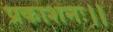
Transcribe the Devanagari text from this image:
प्रकाशनः।।